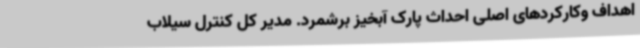
اهداف وکارکردهای اصلی احداث پارک آبخیز برشمرد. مدیر کل کنترل سیلاب